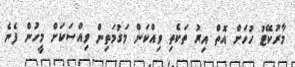
މާރުކޭޓު ހުހަށް އޮތް އިރު ތަކެތި ވިއްކަން މަގުމަތިން ވިއްސަކަށް މީހުން ފެނެ